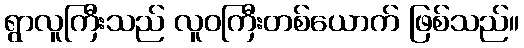
ရွာလူကြီးသည် လူဝကြီးတစ်ယောက် ဖြစ်သည်။